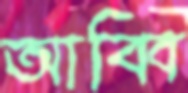
আব্বি